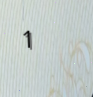
1